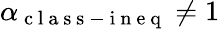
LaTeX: \alpha_{\mathrm{~c~l~a~s~s~-~i~n~e~q~}}\neq 1